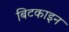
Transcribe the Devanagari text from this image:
बिटकाइन